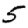
Digit: 5